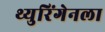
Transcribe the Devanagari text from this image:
थ्युरिंगेनला